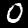
Label: 0